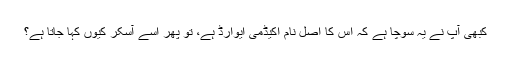
کبھی آپ نے یہ سوچا ہے کہ اس کا اصل نام اکیڈمی ایوارڈ ہے، تو پھر اسے آسکر کیوں کہا جاتا ہے؟